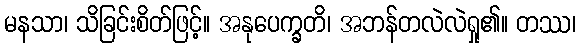
မနသာ၊ သိခြင်းစိတ်ဖြင့်။ အနုပေက္ခတိ၊ အဘန်တလဲလဲရှု၏။ တဿ၊